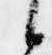
候